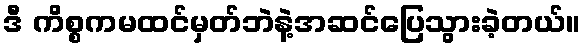
ဒီ ကိစ္စကမထင်မှတ်ဘဲနဲ့အဆင်ပြေသွားခဲ့တယ်။